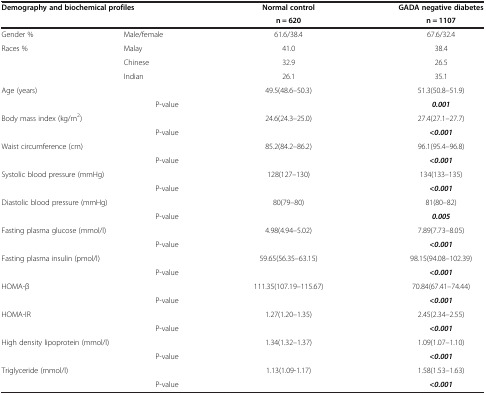
<table><thead><tr><td rowspan="2" colspan="2"><b>Demography and biochemical profiles</b></td><td><b>Normal control</b></td><td><b>GADA negative diabetes</b></td></tr><tr><td><b>n = 620</b></td><td><b>n = 1107</b></td></tr></thead><tbody><tr><td>Gender %</td><td>Male/female</td><td>61.6/38.4</td><td>67.6/32.4</td></tr><tr><td rowspan="3">Races %</td><td>Malay</td><td>41.0</td><td>38.4</td></tr><tr><td>Chinese</td><td>32.9</td><td>26.5</td></tr><tr><td>Indian</td><td>26.1</td><td>35.1</td></tr><tr><td colspan="2">Age (years)</td><td>49.5(48.6–50.3)</td><td>51.3(50.8–51.9)</td></tr><tr><td colspan="2">P<i>-</i>value</td><td> </td><td><b><i>0.001</i></b></td></tr><tr><td colspan="2">Body mass index (kg/m<sup>2</sup>)</td><td>24.6(24.3–25.0)</td><td>27.4(27.1–27.7)</td></tr><tr><td colspan="2">P<i>-</i>value</td><td> </td><td><b><i>&lt;0.001</i></b></td></tr><tr><td colspan="2">Waist circumference (cm)</td><td>85.2(84.2–86.2)</td><td>96.1(95.4–96.8)</td></tr><tr><td colspan="2">P<i>-</i>value</td><td> </td><td><b><i>&lt;0.001</i></b></td></tr><tr><td colspan="2">Systolic blood pressure (mmHg)</td><td>128(127–130)</td><td>134(133–135)</td></tr><tr><td colspan="2">P<i>-</i>value</td><td> </td><td><b><i>&lt;0.001</i></b></td></tr><tr><td colspan="2">Diastolic blood pressure (mmHg)</td><td>80(79–80)</td><td>81(80–82)</td></tr><tr><td colspan="2">P<i>-</i>value</td><td> </td><td><b><i>0.005</i></b></td></tr><tr><td colspan="2">Fasting plasma glucose (mmol/l)</td><td>4.98(4.94–5.02)</td><td>7.89(7.73–8.05)</td></tr><tr><td colspan="2">P<i>-</i>value</td><td> </td><td><b><i>&lt;0.001</i></b></td></tr><tr><td colspan="2">Fasting plasma insulin (pmol/l)</td><td>59.65(56.35–63.15)</td><td>98.15(94.08–102.39)</td></tr><tr><td colspan="2">P<i>-</i>value</td><td> </td><td><b><i>&lt;0.001</i></b></td></tr><tr><td colspan="2">HOMA-β</td><td>111.35(107.19–115.67)</td><td>70.84(67.41–74.44)</td></tr><tr><td colspan="2">P<i>-</i>value</td><td> </td><td><b><i>&lt;0.001</i></b></td></tr><tr><td colspan="2">HOMA-IR</td><td>1.27(1.20–1.35)</td><td>2.45(2.34–2.55)</td></tr><tr><td colspan="2">P<i>-</i>value</td><td> </td><td><b><i>&lt;0.001</i></b></td></tr><tr><td colspan="2">High density lipoprotein (mmol/l)</td><td>1.34(1.32–1.37)</td><td>1.09(1.07–1.10)</td></tr><tr><td colspan="2">P<i>-</i>value</td><td> </td><td><b><i>&lt;0.001</i></b></td></tr><tr><td colspan="2">Triglyceride (mmol/l)</td><td>1.13(1.09-1.17)</td><td>1.58(1.53–1.63)</td></tr><tr><td colspan="2">P<i>-</i>value</td><td> </td><td><b><i>&lt;0.001</i></b></td></tr></tbody></table>